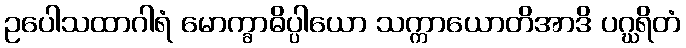
ဥပေါသထာဂါရံ မောက္ခာဓိပ္ပါယော သက္ကာယောတိအာဒိ ပဂ္ဃရိတံ